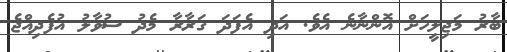
ބާރު މަޖިލީހަށް އޮންނާނެ އެވެ. އަދި އެފަދަ ގަރާރާ މެދު ސުވާލު އުފެދިއްޖެ